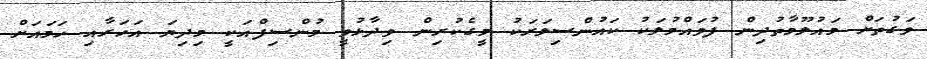
ވަގުތަށް މައުލޫމާތުދިން ފުވައްމުލަކު ކައުންސިލަރަކު މީގެކުރިން ވިދާޅުވީ މުންސިފްއަކީ މިދިޔަ އަހަރާއި ހަމައަށް